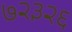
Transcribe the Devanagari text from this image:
७२३२६